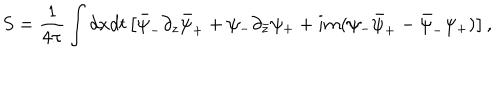
S = { \frac { 1 } { 4 \pi } } \int d x d t \left[ \bar { \psi } _ { - } \partial _ { z } \bar { \psi } _ { + } + \psi _ { - } \partial _ { \bar { z } } \psi _ { + } + i m ( \psi _ { - } \bar { \psi } _ { + } - \bar { \psi } _ { - } \psi _ { + } ) \right] ,